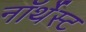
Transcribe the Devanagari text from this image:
नॉर्थेस्ट